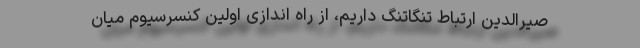
صیرالدین ارتباط تنگاتنگ داریم، از راه اندازی اولین کنسرسیوم میان